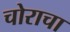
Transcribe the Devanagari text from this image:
चोराचा